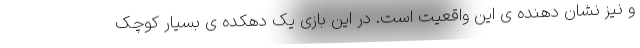
و نیز نشان دهنده ی این واقعیت است. در این بازی یک دهکده ی بسیار کوچک